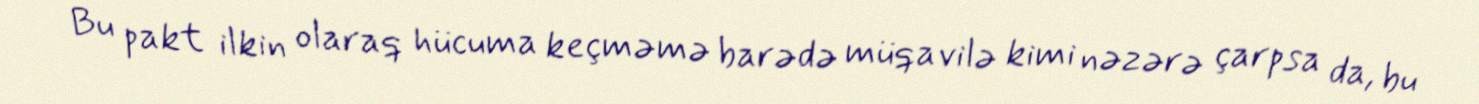
Bu pakt ilkin olaraq hücuma keçməmə barədə müqavilə kimi nəzərə çarpsa da, bu